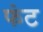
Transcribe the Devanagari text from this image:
फंट